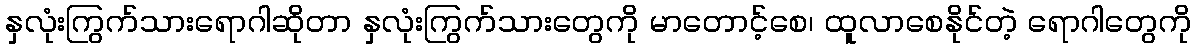
နှလုံးကြွက်သားရောဂါဆိုတာ နှလုံးကြွက်သားတွေကို မာတောင့်စေ၊ ထူလာစေနိုင်တဲ့ ရောဂါတွေကို